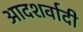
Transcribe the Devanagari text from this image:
आदशर्वादी